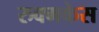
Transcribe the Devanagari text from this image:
रुक्मकेस